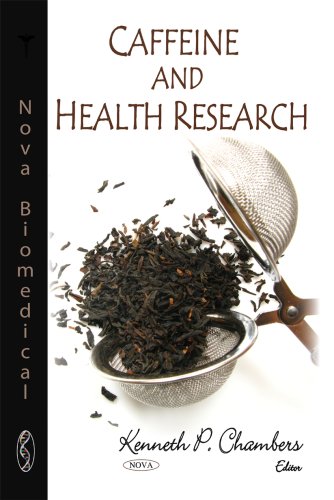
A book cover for Caffeine and Health Research; Health, Fitness & Dieting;